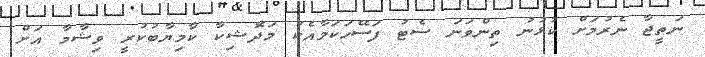
ނަތީޖާ ނެރުމަށް ކުޅުނު ތިންވަނަ ސެޓު ފަސޭހަކަމާއެކު މަދޮޝިކާ ކާމިޔާބުކުރީ ވިޝާމާ އަށް